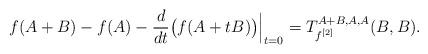
LaTeX: \begin{align*}f(A+B)-f(A)-\frac{d}{dt}\bigl(f(A+tB)\bigr)\Big|_{t=0}=T_{f^{[2]}}^{A+B,A,A}(B,B).\end{align*}